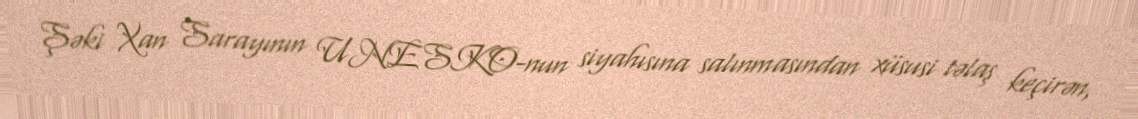
Şəki Xan Sarayının UNESKO-nun siyahısına salınmasından xüsusi təlaş keçirən,